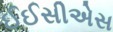
ઈઈસીએસ